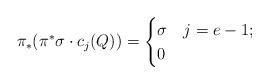
LaTeX: \begin{align*} \pi_*(\pi^*\sigma \cdot c_j(Q)) = \begin{cases} \sigma & j=e-1; \\ 0 & \end{cases}\end{align*}